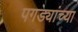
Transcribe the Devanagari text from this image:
पगड्यांच्या